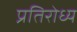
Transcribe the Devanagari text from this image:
प्रतिरोध्य